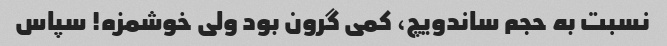
نسبت به حجم ساندویچ، کمی گرون بود ولی خوشمزه! سپاس